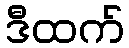
ဒီထက်